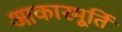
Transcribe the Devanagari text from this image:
आकारमूर्ति